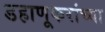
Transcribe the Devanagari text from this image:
डहाणूकरांच्या